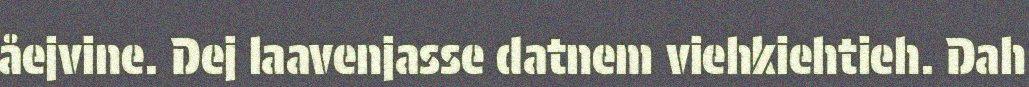
åejvine. Dej laavenjasse datnem viehkiehtieh. Dah